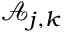
\boldsymbol { \mathcal { A } } _ { j , \boldsymbol { k } }